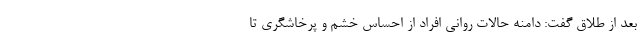
بعد از طلاق گفت: دامنه حالات روانی افراد از احساس خشم و پرخاشگری تا